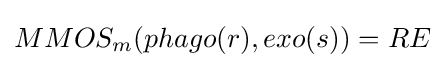
MMOS_{m}(phago(r),exo(s))=RE